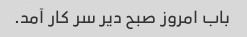
باب امروز صبح دیر سر کار آمد.